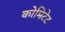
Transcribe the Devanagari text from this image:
कोमिटेट